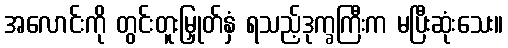
အလောင်းကို တွင်းတူးမြှုတ်နှံ ရသည့်ဒုက္ခကြီးက မပြီးဆုံးသေး။